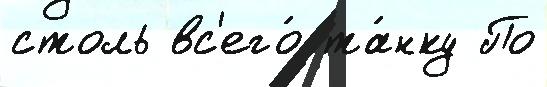
столь вс'его́ та́нку По